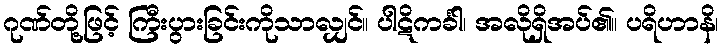
ဂုဏ်တို့ဖြင့် ကြီးပွားခြင်းကိုသာလျှင်။ ပါဋိကင်္ခါ၊ အလိုရှိအပ်၏။ ပရိဟာနိ၊